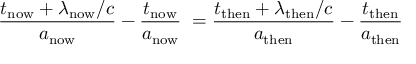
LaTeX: { \frac { t _ { \mathrm { n o w } } + \lambda _ { \mathrm { n o w } } / c } { a _ { \mathrm { n o w } } } } - { \frac { t _ { \mathrm { n o w } } } { a _ { \mathrm { n o w } } } } \; = { \frac { t _ { \mathrm { t h e n } } + \lambda _ { \mathrm { t h e n } } / c } { a _ { \mathrm { t h e n } } } } - { \frac { t _ { \mathrm { t h e n } } } { a _ { \mathrm { t h e n } } } }